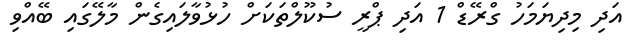
އަދި މިދިޔަމަހު ގްރޭޑް 1 އަދި ޕްރީ ސުކޫލްތަކަށް ހުޅުވާލައިގެން މާލޭގައި ބޭއްވި